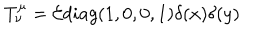
T _ { \nu } ^ { \mu } = { \cal E } d i a g ( 1 , 0 , 0 , 1 ) \delta ( x ) \delta ( y )